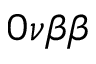
0 \nu \beta \beta